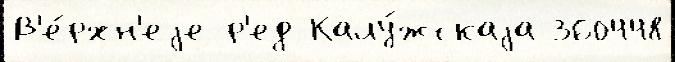
В'е́рхн'еjе р'ед Калу́жскаjа 360448